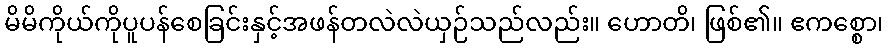
မိမိကိုယ်ကိုပူပန်စေခြင်းနှင့်အဖန်တလဲလဲယှဉ်သည်လည်း။ ဟောတိ၊ ဖြစ်၏။ ဧကစ္စော၊